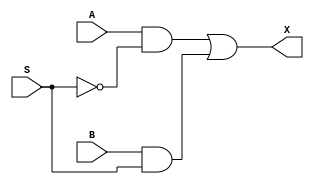
`timescale 1ns / 1ps
//////////////////////////////////////////////////////////////////////////////////
// Company: 
// Engineer: 
// 
// Design Name: 
// Module Name:    MuxGated 
// Project Name: 
// Target Devices: 
// Tool versions: 
// Description: 
//
// Dependencies: 
//
// Revision: 
// Revision 0.01 - File Created
// Additional Comments: 
//
//////////////////////////////////////////////////////////////////////////////////
module MUXGated(

	input A,
	input S,
	input B,
	output X
		    ); 
	 
	 
wire P,Q,S1 ;
 
	not X1 (S1,S) ;
	and X2 (P,A,S1) ;
	and X3 (Q,B,S) ;
	or  X4 (X,P,Q) ;



endmodule